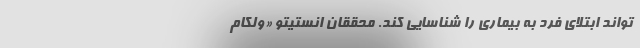
‌تواند ابتلای فرد به بیماری را شناسایی کند. محققان انستیتو «ولکام